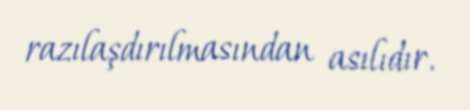
razılaşdırılmasından asılıdır.